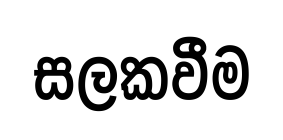
සලකවීම